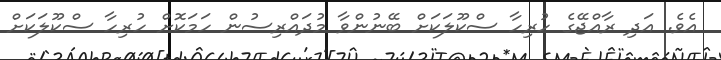
އެވެ. އަދި ރާއްޖޭގެ ހުރިހާ ސްކޫލަކަށް ބޭނުންވާ މުދައްރިސުން ހަމަކޮށް ހުރިހާ ސްކޫލަކަށް